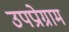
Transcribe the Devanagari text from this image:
उपप्रोग्राम